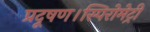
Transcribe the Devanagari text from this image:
प्रदूषण।स्पिरोमेट्री